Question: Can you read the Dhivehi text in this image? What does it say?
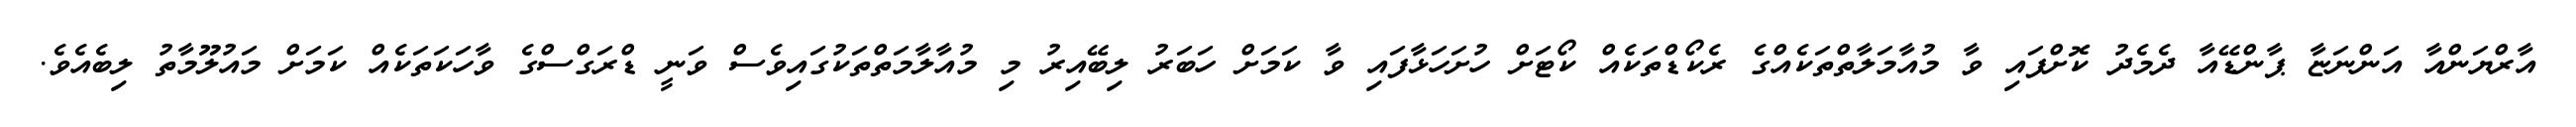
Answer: އާރްޔަންއާ އަންނަޏާ ޕާންޑޭއާ ދެމެދު ކޮށްފައި ވާ މުއާމަލާތްތަކެއްގެ ރެކޯޑްތަކެއް ކޯޓަށް ހުށަހަޅާފައި ވާ ކަމަށް ހަބަރު ލިބޭއިރު މި މުއާލާމަތްތަކުގައިވެސް ވަނީ ޑްރަގްސްގެ ވާހަކަތަކެއް ކަމަށް މައުލޫމާތު ލިބެއެވެ.